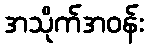
အသိုက်အဝန်း